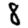
Digit: 8